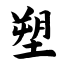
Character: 塑